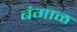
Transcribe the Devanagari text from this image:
बंगाळ